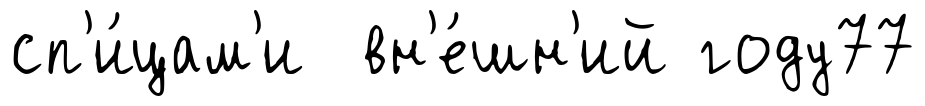
сп'и́цам'и вн'е́шн'ий году77